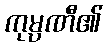
ကုမ္ပဏီ၏